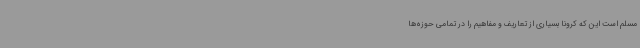
مسلم است این که کرونا بسیاری از تعاریف و مفاهیم را در تمامی حوزه‌ها